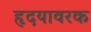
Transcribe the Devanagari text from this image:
हृदयावरक